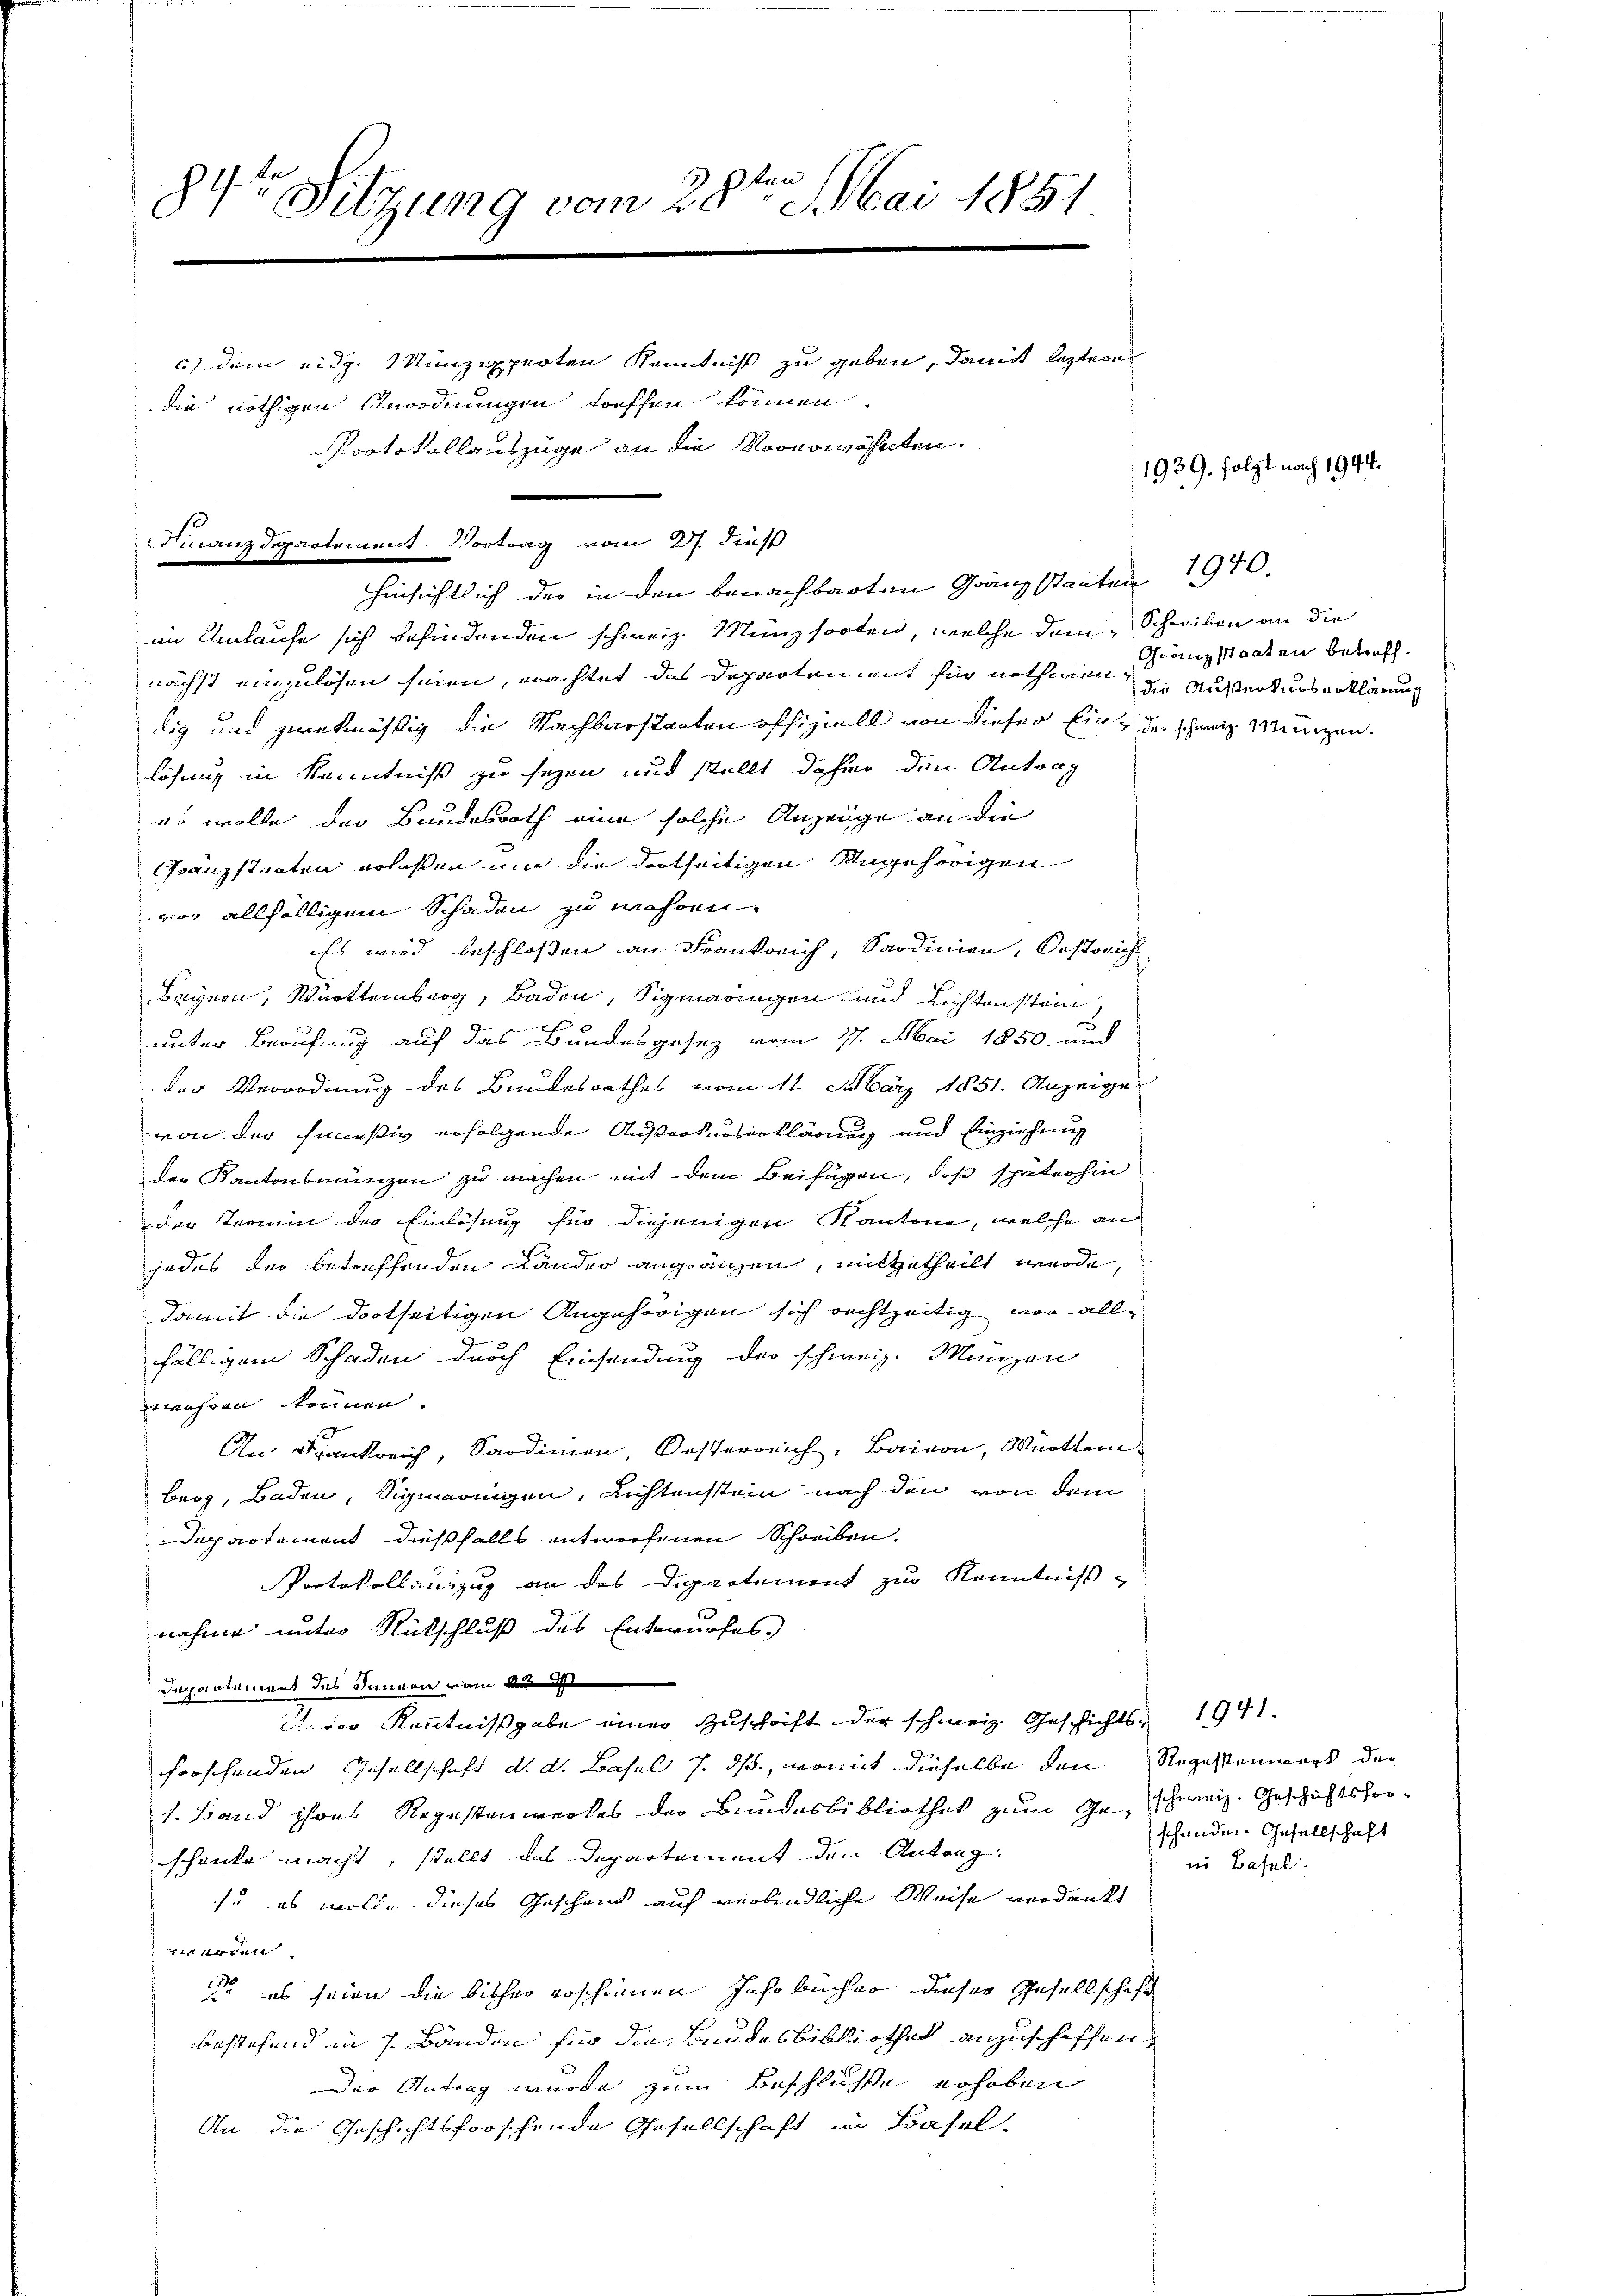
.
84. Sitzung vom 28ten Mai 1851

c) dem eidg. Münzexperten Kenntniß zu geben, damit leztere
die nöthigen Anordnungen treffen können.
Protokollauszüge an die Vorerwähnten.
Finanzdepartement. Vortrag vom 27. dieß

hinsichtlich der in den benachbarten Granz staaten

im Umlaufe sich befindenden schweiz. Münzsorten, welche dem Schreiben an die
nächst einzulösen seien, erachtet das Departen mit für nothwen, die Außertuoserklärung
dig und zwekmässig die Nachbarstaaten offiziell von dieser Ein der schweiz Münzen.
lösung in Kenntniß zu sehen und stellt dahin den Antrag
es wolle der Bundesrath eine solche Anzeige an die
Granzstaaten erlaßen um die dortheiligen Angehörigen
vor allfälligem Schaden zu währen.
Es wird beschloßen an Frankreich, Sardinien, Oestreich
Brynen, Württemberg, Baden, Sigmaringen und Richtenstein,
x
unter Berufung auf das Bundesgesez vom 17. Mai 1850 und
der Verordnung des Bundesrathes vom 11. März 1831. Anzeige
von der hießiv erfolgende Außerkurserklärung und Einziehung
der Kantonsmünzen zu machen mit dem Beifügen, daß späterhin
J
der Termin der Einlösung für diejenigen Kantone, welche an
jedes der betreffenden Länder angränzen, mitgetheilt werde,
damit die dortseitigen Angehörigen sich rechtzeitig vor allfälligem Schaden durch Einsendung der schweiz. Münzen
währen können.
An Frankreich, Sardinien, Oesterreich, Baison, Württem
berg, Baden, Sigmaringen, Lichtenstein nach den von dem
Departement dießfalls entworfenen Schreiben.
Protokollauszug an das Departement zur Kenntniß
nahme unter Rutschluß des Entwurfes
Departement des Sinnen vom 2
rer Kenntnißgabe einer Zuschrift der schweiz. Geschichts- 1941.
forschenden Gesellschaft d. d. Basel 7. ds., womit dieselbe den Regesseners der
1. Band ihres Regestenwerkes der Bundesbibliothek zum Ge- schweiz. Geschichtsproschenke macht, stellt das Departement den Antrag
so es wolle dieses Geschenk auf verbindliche Weise verdankt
oden
Ja es seien die bisher erschienen Jahrbücher dieser Gesellschaft
bestehend in 7 Bänden für die Bundesbibliothek anzuschiffen,
der Antrag wurde zum Beschluße erhoben
An die Geschichtsforschende Gesellschaft in Basel,

1970.

1939. folgt nach 1944.

Gränz staaten betreff.

schenden Gesellschaft
in Basel.